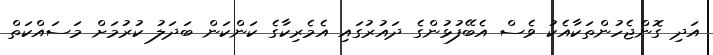
އަދި ގޮންޖެހުންތަކާއެކު ވެސް އެބޭފުޅުންގެ ދައުރުގައި އެމެރިކާގެ ކަންކަން ބަދަލު ކުރުމަށް މަސައްކަތް